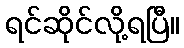
ရင်ဆိုင်လို့ရပြီ။